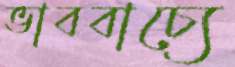
ভাববাচ্যে